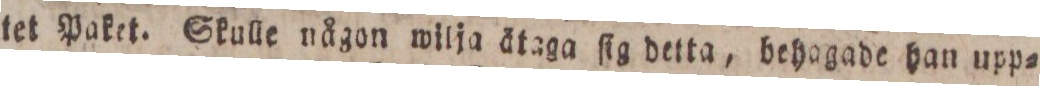
tet Paket. Skulle någon wilja ätaga ſig detta, behagade han upp=